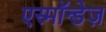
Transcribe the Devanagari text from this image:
एस्मॉन्डेज़